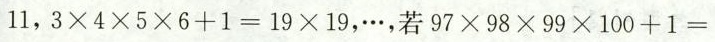
1 1$$，$$3 \times 4 \times 5 \times 6 + 1 = 1 9 \times 1 9$$，…，若$$9 7 \times 9 8 \times 9 9 \times 1 0 0 + 1 =